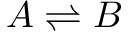
A \rightleftharpoons B